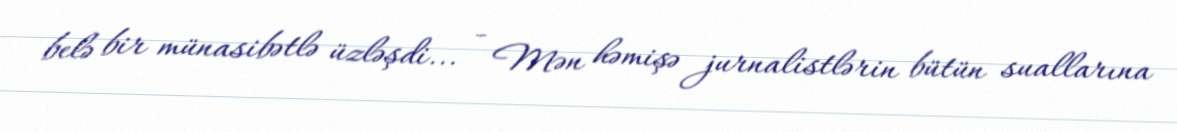
belə bir münasibətlə üzləşdi... - Mən həmişə jurnalistlərin bütün suallarına